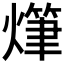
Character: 𤏫